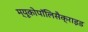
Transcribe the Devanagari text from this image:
म्यूकोपॉलिसैक्राइड